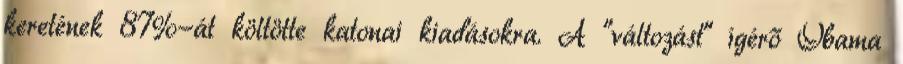
keretének 87%-át költötte katonai kiadásokra. A "változást" ígérő Obama